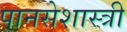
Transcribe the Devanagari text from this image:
पानसेशास्त्री